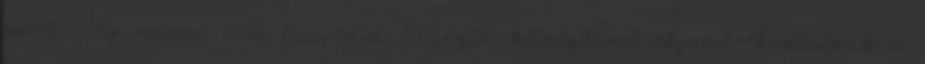
azért még messze nem tragédia. Mégis, kétségkívül elgondolkodtatóak a